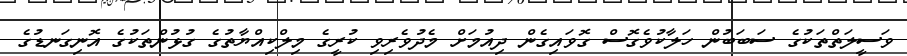
ވަސީލަތްތަކުގެ ސަބަބުން ހަލާކުވެގޮސް ގޮވައިގެން ދިއުމަށް މެދުވެރިވި ކުރީގެ މިލްކިއްޔާތުގެ ގުޅުންތަކުގެ އޮނިގަނޑުގެ